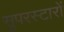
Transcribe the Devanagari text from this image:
सुपरस्टारों